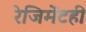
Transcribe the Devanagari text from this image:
रेजिमेंटही